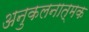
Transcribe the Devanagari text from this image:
अनुकलनात्मक